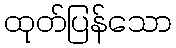
ထုတ်ပြန်သော